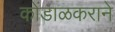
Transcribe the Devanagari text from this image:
कोंडाळकराने